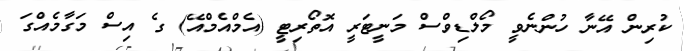
ކުރިން އޭނާ ހުންނެވީ މޯލްޑިވްސް މަނީޓަރީ އޮތޯރިޓީ (އެމްއެމްއޭ) ގެ އިސް މަގާމެއްގަ